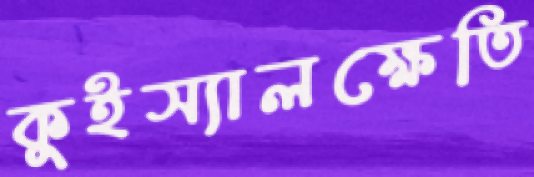
কুইস্যালক্ষেতি